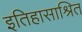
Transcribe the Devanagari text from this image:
इतिहासाश्रित